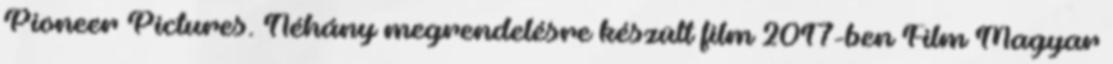
Pioneer Pictures. Néhány megrendelésre készült film 2017-ben Film Magyar